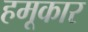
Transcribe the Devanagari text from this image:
हमूकार